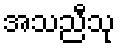
အသညီသု